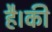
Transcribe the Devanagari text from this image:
है।की